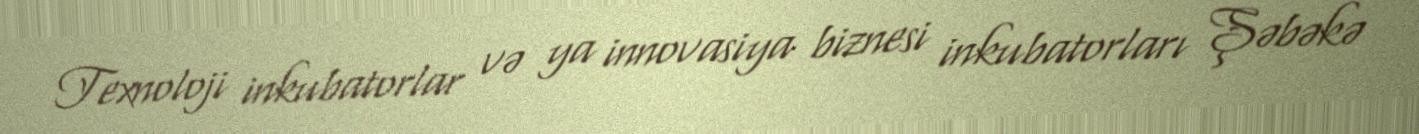
Texnoloji inkubatorlar və ya innovasiya biznesi inkubatorları Şəbəkə